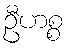
ဦဟစ္စ